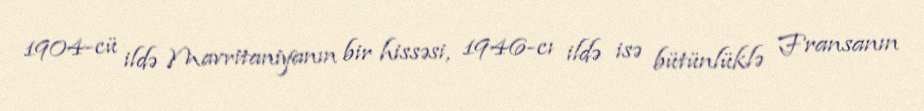
1904-cü ildə Mavritaniyanın bir hissəsi, 1946-cı ildə isə bütünlüklə Fransanın